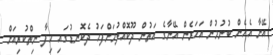
އޭނާ އެހެން ބުނުމުން އަހަރެން އޭނާގެ އަތުން ދޫކޮއްލުމަށްފަހު ދެކޮނޑުގައި ހިފާ ނިތްކުރިއަށް